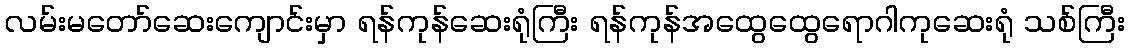
လမ်းမတော်ဆေးကျောင်းမှာ ရန်ကုန်ဆေးရုံကြီး ရန်ကုန်အထွေထွေရောဂါကုဆေးရုံ သစ်ကြီး